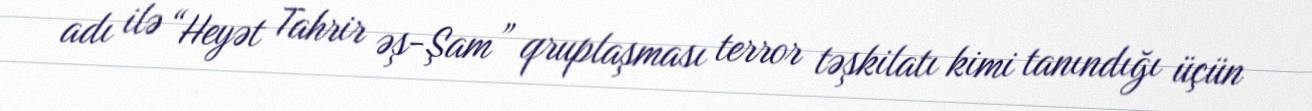
adı ilə “Heyət Tahrir əş-Şam” qruplaşması terror təşkilatı kimi tanındığı üçün